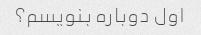
اول دوباره بنویسم؟